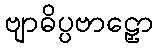
ဗျာဓိပ္ပဗာဠှော